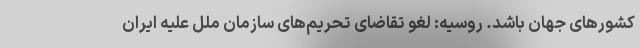
کشورهای جهان باشد. روسیه: لغو تقاضای تحریم‌های سازمان ملل علیه ایران